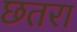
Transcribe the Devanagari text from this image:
छतरा